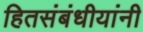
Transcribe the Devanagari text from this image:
हितसंबंधीयांनी